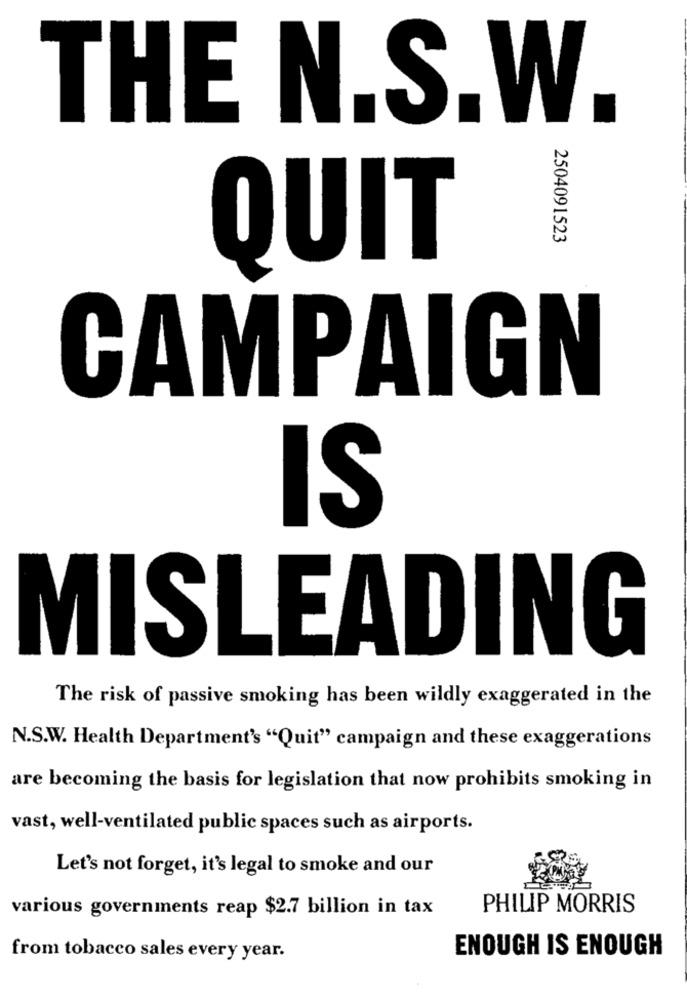
THE N.S.W.
2504091523
QUIT
CAMPAIGN
IS
MISLEADING
The risk of passive smoking has been wildly exaggerated in the
N.S.W. Health Department's "Quit" campaign and these exaggerations
are becoming the basis for legislation that now prohibits smoking in
vast, well-ventilated public spaces such as airports.
Let's not forget, it's legal to smoke and our
various governments reap $2.7 billion in tax
PHILIP MORRIS
ENOUGH IS ENOUGH
from tobacco sales every year.